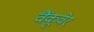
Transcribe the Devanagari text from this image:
वैंकूवेर